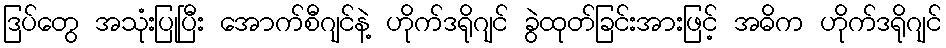
ဒြပ်တွေ အသုံးပြုပြီး အောက်စီဂျင်နဲ့ ဟိုက်ဒရိုဂျင် ခွဲထုတ်ခြင်းအားဖြင့် အဓိက ဟိုက်ဒရိုဂျင်